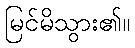
မြင်မိသွား၏။